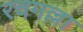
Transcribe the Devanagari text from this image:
रचमल्ला